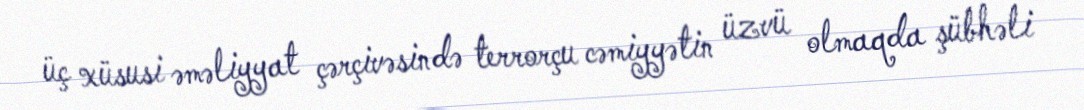
üç xüsusi əməliyyat çərçivəsində terrorçu cəmiyyətin üzvü olmaqda şübhəli